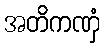
အတိကဏှံ